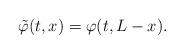
LaTeX: \begin{align*}\tilde \varphi (t,x) = \varphi (t,L-x). \end{align*}